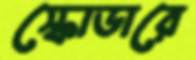
স্কোডারে